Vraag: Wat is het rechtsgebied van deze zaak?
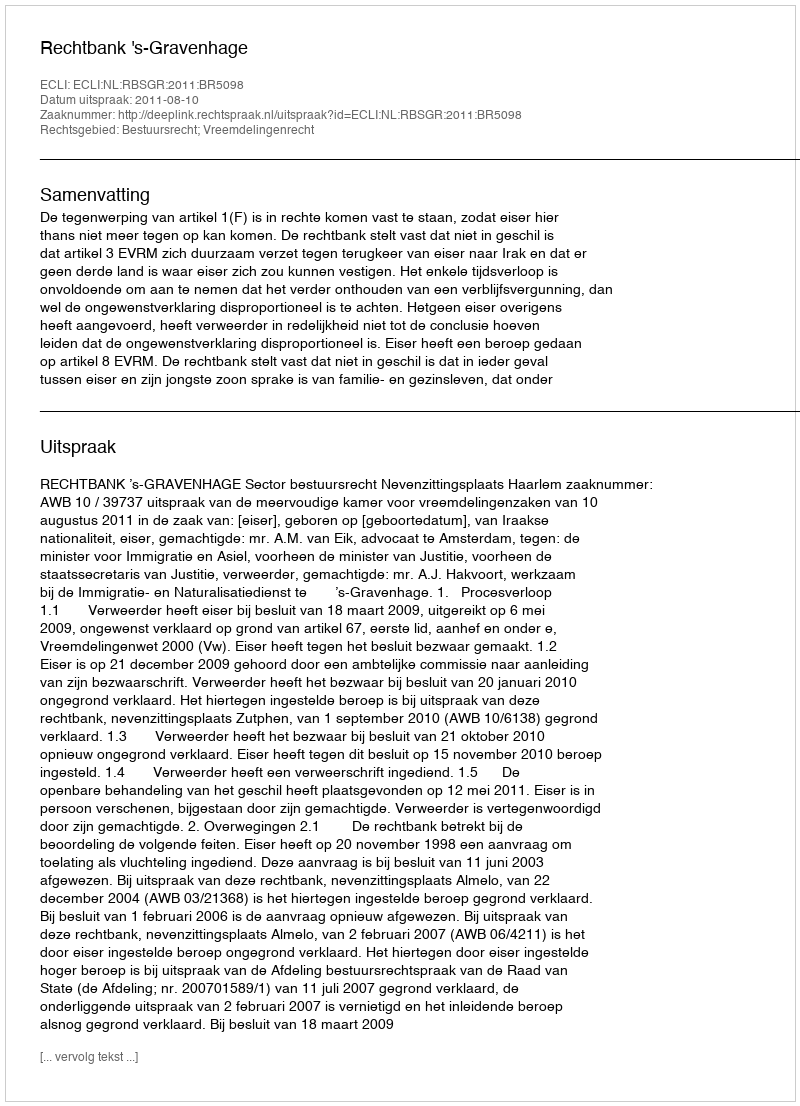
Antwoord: Bestuursrecht; Vreemdelingenrecht